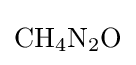
{\mathrm {CH} {\vphantom {A}}_{\smash[{t}]{4}}\mathrm {N} {\vphantom {A}}_{\smash[{t}]{2}}\mathrm {O} }